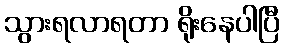
သွားရလာရတာ ရိုးနေပါပြီ